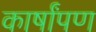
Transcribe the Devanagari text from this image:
कार्षांपण